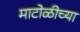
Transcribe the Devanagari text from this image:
माटोळीच्या